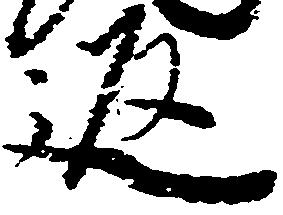
返